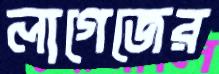
লাগেজের